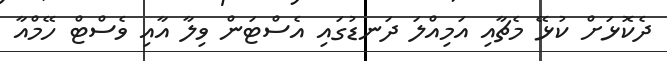
ދެކޮޅަށް ކުޅޭ މެޗާއި އަމިއްލަ ދަނޑުގައި އެސްޓަން ވިލާ އާއި ވެސްޓް ހޭމްއާ